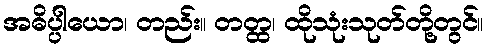
အဓိပ္ပါယော၊ တည်း။ တတ္ထ၊ ထိုသုံးသုတ်တို့တွင်။